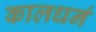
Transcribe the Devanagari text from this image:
कालधर्न